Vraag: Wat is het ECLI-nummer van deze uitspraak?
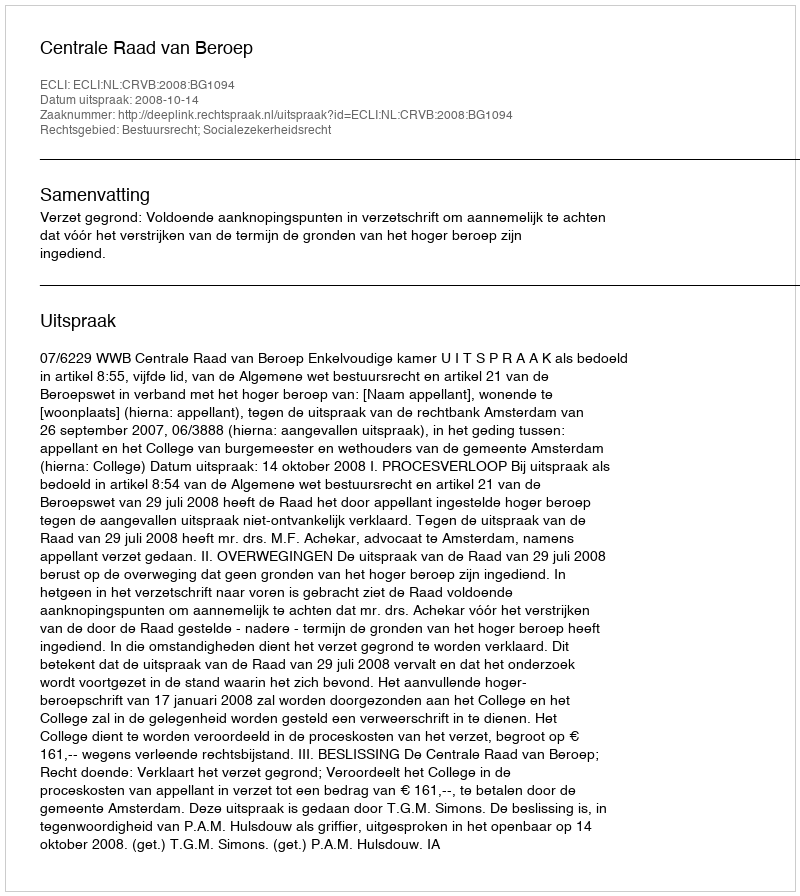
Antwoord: ECLI:NL:CRVB:2008:BG1094